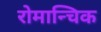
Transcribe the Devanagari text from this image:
रोमान्चिक